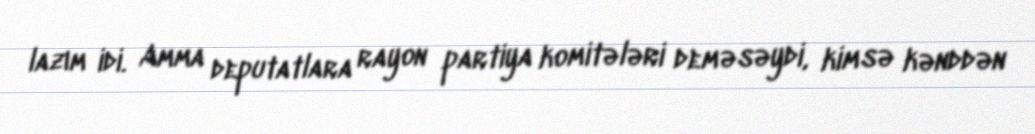
lazım idi. Amma deputatlara rayon partiya komitələri deməsəydi, kimsə kənddən